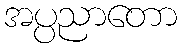
အပ္ပညာတော